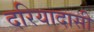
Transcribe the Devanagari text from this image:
दरियादासी